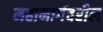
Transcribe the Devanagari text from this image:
महामार्गवरील